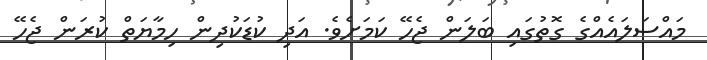
މައްސަލައެއްގެ ގޮތުގައި ބަލަން ޖެހޭ ކަމަށެވެ. އަދި ކުޑަކުދިން ހިމާޔަތް ކުރަން ޖެހޭ